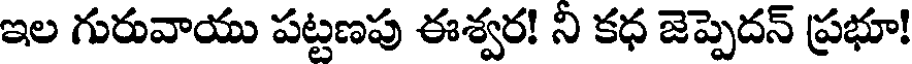
ఇల గురువాయు పట్టణపు ఈశ్వర! ని కధ జెప్పెదన్ ప్రభూ!